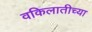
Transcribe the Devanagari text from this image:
वकिलातीच्या